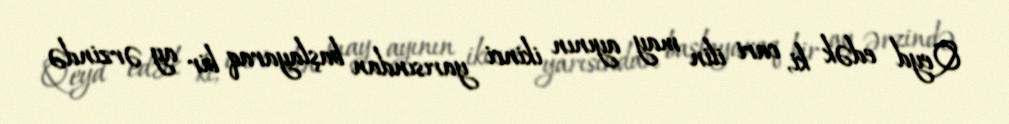
Qeyd edək ki, cari ilin may ayının ikinci yarısından başlayaraq bir ay ərzində